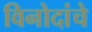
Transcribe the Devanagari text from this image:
विनोदांचे